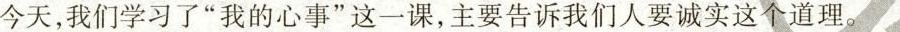
今天，我们学习了”我的心事”这一课，主要告诉我们人要诚实这个道理。